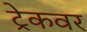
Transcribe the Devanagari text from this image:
ट्रेकवर